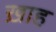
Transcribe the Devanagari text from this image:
ख़ाह